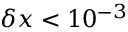
\delta x < 1 0 ^ { - 3 }